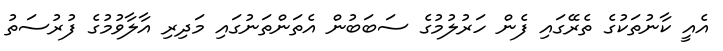
އެއީ ކާނުތަކުގެ ތެރޭގައި ފެން ހަރުލުމުގެ ސަބަބުން އެތަންތަނުގައި މަދިރި އާލާވުމުގެ ފުރުސަތު